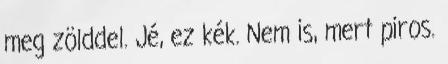
meg zölddel. Jé, ez kék. Nem is, mert piros.